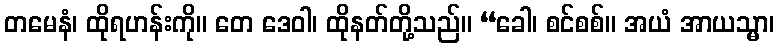
တမေနံ၊ ထိုရဟန်းကို။ တေ ဒေဝါ၊ ထိုနတ်တို့သည်။ “ခေါ၊ စင်စစ်။ အယံ အာယသ္မာ၊